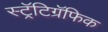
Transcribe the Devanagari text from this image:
स्ट्रॅटिग्रॅफिक